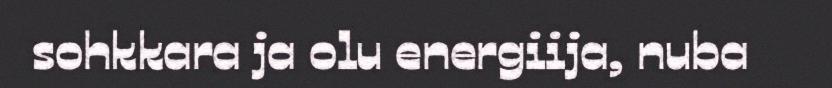
sohkkara ja olu energiija, nuba